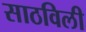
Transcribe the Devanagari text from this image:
साठविली